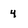
Character: 4